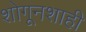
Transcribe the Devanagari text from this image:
शोगूनशाही